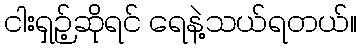
ငါးရှဉ့်ဆိုရင် ရေနဲ့သယ်ရတယ်။